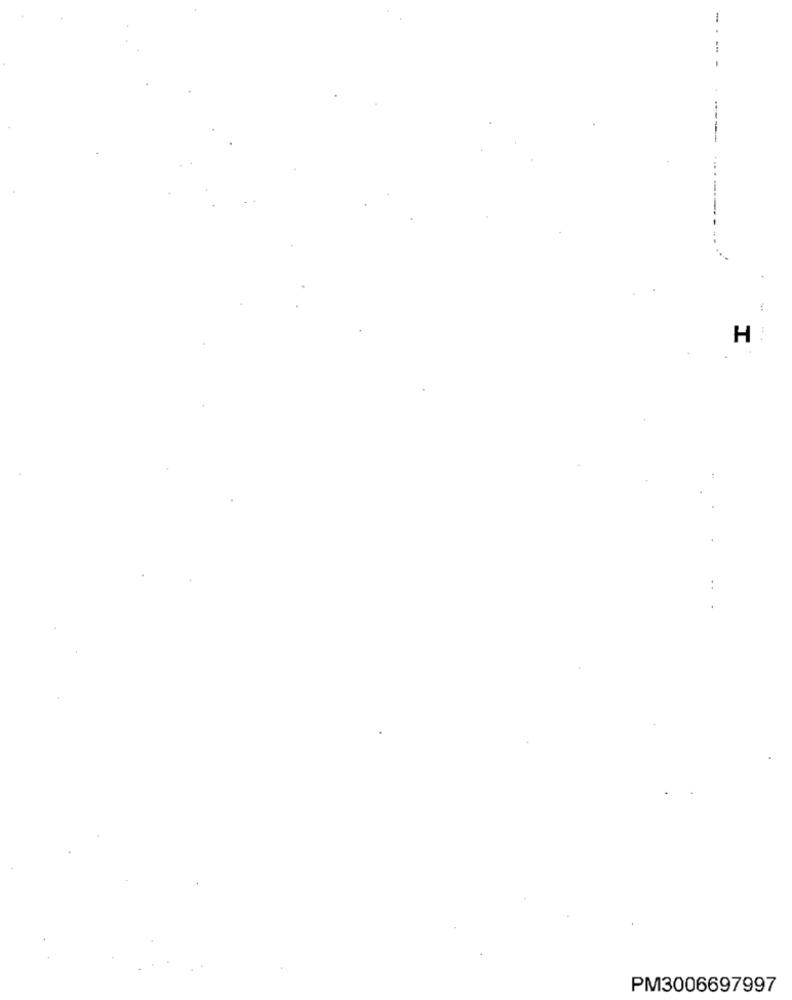
1
....
H :
PM3006697997